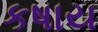
કષાય